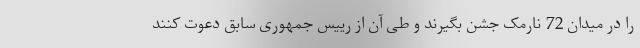
را در میدان 72 نارمک جشن بگیرند و طی آن از رییس جمهوری سابق دعوت کنند